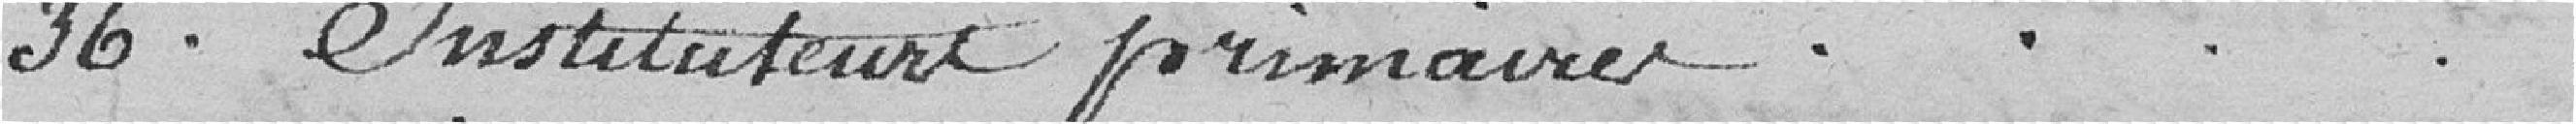
36. Instituteur primaire….